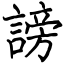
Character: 謗